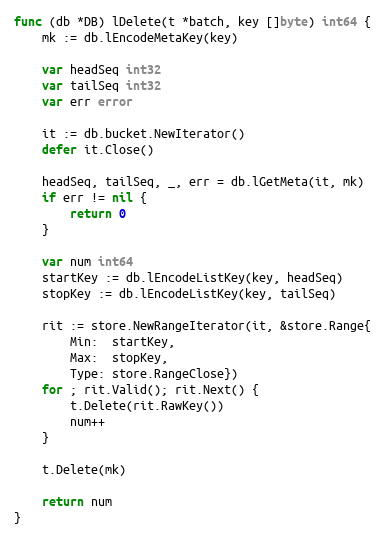
Language: Go
func (db *DB) lDelete(t *batch, key []byte) int64 {
	mk := db.lEncodeMetaKey(key)

	var headSeq int32
	var tailSeq int32
	var err error

	it := db.bucket.NewIterator()
	defer it.Close()

	headSeq, tailSeq, _, err = db.lGetMeta(it, mk)
	if err != nil {
		return 0
	}

	var num int64
	startKey := db.lEncodeListKey(key, headSeq)
	stopKey := db.lEncodeListKey(key, tailSeq)

	rit := store.NewRangeIterator(it, &store.Range{
		Min:  startKey,
		Max:  stopKey,
		Type: store.RangeClose})
	for ; rit.Valid(); rit.Next() {
		t.Delete(rit.RawKey())
		num++
	}

	t.Delete(mk)

	return num
}